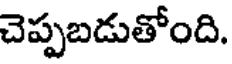
చెప్పబడుతోంది.